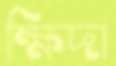
ক্ষিদা